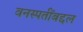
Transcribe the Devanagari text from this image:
वनस्पतींबद्दल